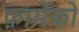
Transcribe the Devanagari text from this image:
फ़ार्मेको